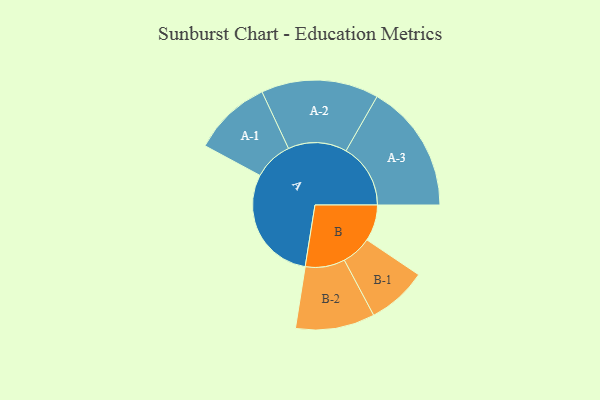
{"axis": {"x": "Segment", "y": "Value"}, "legend": ["", "A", "B"], "data": [{"x": "A", "y": 448, "type": ""}, {"x": "B", "y": 139, "type": ""}, {"x": "A-1", "y": 150, "type": "A"}, {"x": "A-2", "y": 225, "type": "A"}, {"x": "A-3", "y": 247, "type": "A"}, {"x": "B-1", "y": 115, "type": "B"}, {"x": "B-2", "y": 152, "type": "B"}]}